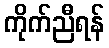
ကိုက်ညီရန်